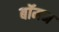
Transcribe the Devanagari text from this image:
बॉमन